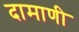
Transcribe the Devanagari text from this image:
दामाणी